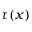
\tau ( x )